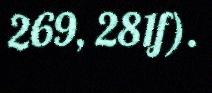
269, 281f).